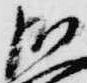
御